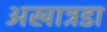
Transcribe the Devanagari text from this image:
अखात्रडा